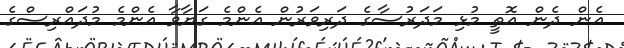
އެން ދެން އޮތީ މުޅި މަދަރުސާގެ ދަރިވަރުން އެންމެ ގަޔާވާ އެންމެ މުދައްރިސްގެ